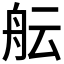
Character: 𮶘